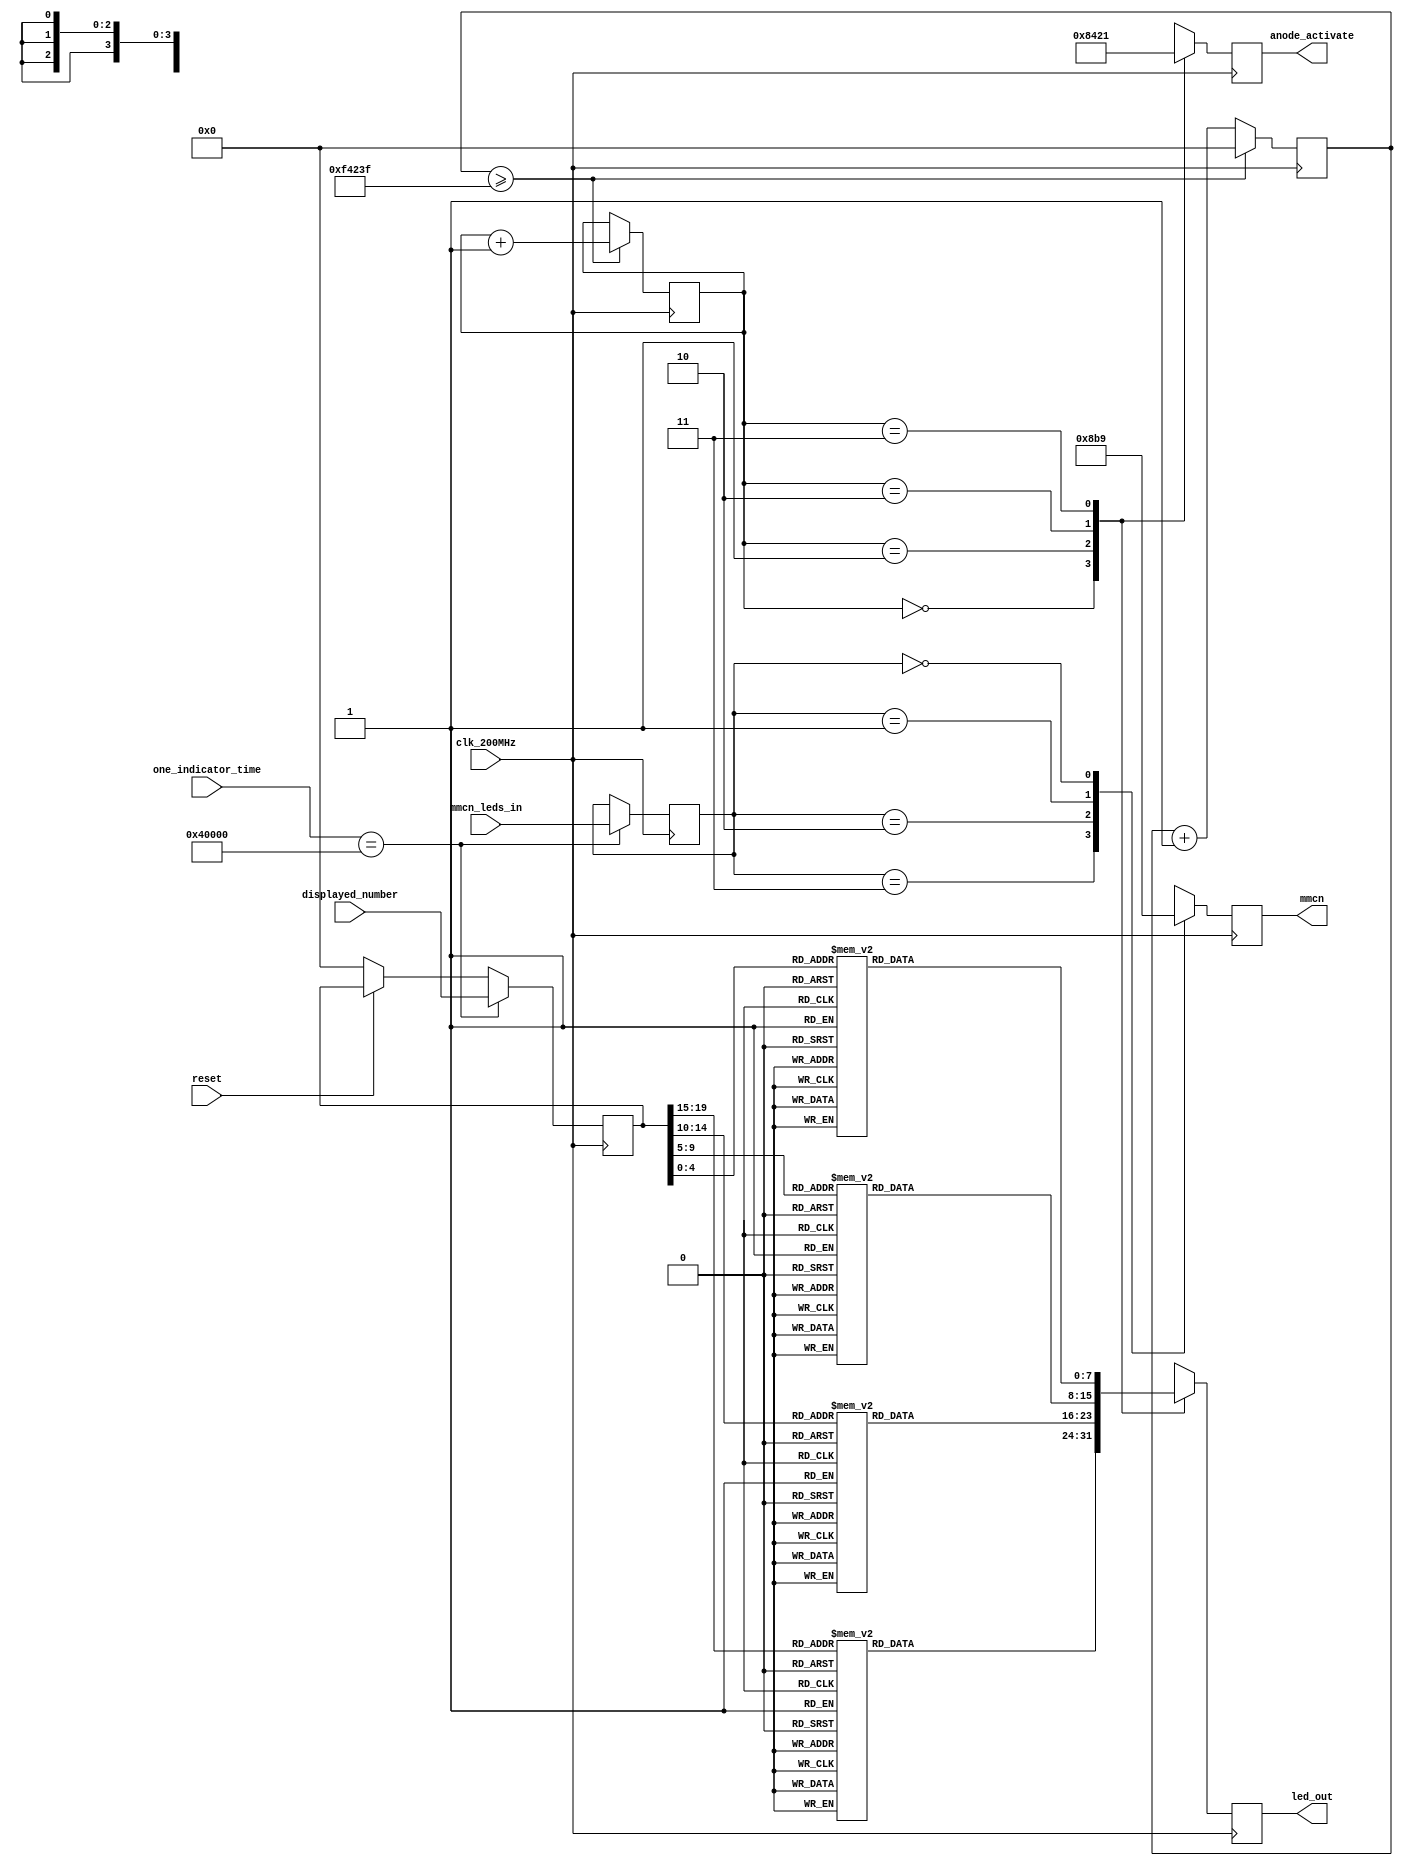

module indicator_controller 
( 	input 		clk_200MHz,
	input 		reset,
	input	[18:0] 	one_indicator_time,						// counter input
	input	[1:0] 	mmcn_leds_in,			// mil, micro & nano indicator's input data
	input [19:0] 	displayed_number,		// input data
	output reg [7:0]	led_out, 				// output of the seven-segment indicator
	output reg [3:0] anode_activate,			// anode output
	output reg [2:0] mmcn);				// mil, micro & nano output
	reg	[1:0] 	led_activating_counter;			
	reg 	[4:0] 	led_bsd;							
	reg	[19:0] 	clk_100Hz;						
	reg 	[19:0] 	displayed_number_var;			
	reg	[1:0] 	mmcn_leds_var;						

 always @(posedge clk_200MHz)
	begin
		if (reset == 0)	displayed_number_var = 0;
		if(one_indicator_time == 19'b1000000000000000000)		// Copy data to variable
			begin
			mmcn_leds_var = mmcn_leds_in;				
			displayed_number_var = displayed_number;
			end
	end 
  
 always @(posedge clk_200MHz)
	begin																		// Dynamic indicators change		
		if(clk_100Hz>=999999)
			begin 
			clk_100Hz = 0;
			led_activating_counter = led_activating_counter + 2'b01;
			end
		else clk_100Hz = clk_100Hz + 20'b0000000000000000001;
	end

always @(posedge clk_200MHz)
   begin
        case(led_activating_counter)										// indicator selection
		  2'b00: begin
			anode_activate = 4'b1000; 					
			led_bsd [4:0] = displayed_number_var[19:15];
		
			case(led_bsd)
			5'b00000: led_out = 8'b10000001; // "0"     
			5'b00001: led_out = 8'b11001111; // "1" 
      		5'b00010: led_out = 8'b10010010; // "2" 
       		5'b00011: led_out = 8'b10000110; // "3" 
      		5'b00100: led_out = 8'b11001100; // "4" 
			5'b00101: led_out = 8'b10100100; // "5" 
			5'b00110: led_out = 8'b10100000; // "6" 
			5'b00111: led_out = 8'b10001111; // "7" 
			5'b01000: led_out = 8'b10000000; // "8"     
			5'b01001: led_out = 8'b10000100; // "9" 
			5'b10000: led_out = 8'b00000001; // "0."     
			5'b10001: led_out = 8'b01001111; // "1." 
			5'b10010: led_out = 8'b00010010; // "2." 
			5'b10011: led_out = 8'b00000110; // "3." 
			5'b10100: led_out = 8'b01001100; // "4." 
			5'b10101: led_out = 8'b00100100; // "5." 
			5'b10110: led_out = 8'b00100000; // "6." 
			5'b10111: led_out = 8'b00001111; // "7." 
			5'b11000: led_out = 8'b00000000; // "8."     
			5'b11001: led_out = 8'b00000100; // "9." 
			default:  led_out = 8'b10000001; // "0"
        	endcase	
         end
			
        2'b01: begin
            anode_activate = 4'b0100; 
            led_bsd [4:0] = displayed_number_var[14:10];
			
            case(led_bsd)
			5'b00000: led_out = 8'b10000001; // "0"     
			5'b00001: led_out = 8'b11001111; // "1" 
      		5'b00010: led_out = 8'b10010010; // "2" 
       		5'b00011: led_out = 8'b10000110; // "3" 
      		5'b00100: led_out = 8'b11001100; // "4" 
			5'b00101: led_out = 8'b10100100; // "5" 
			5'b00110: led_out = 8'b10100000; // "6" 
			5'b00111: led_out = 8'b10001111; // "7" 
			5'b01000: led_out = 8'b10000000; // "8"     
			5'b01001: led_out = 8'b10000100; // "9" 
			5'b10000: led_out = 8'b00000001; // "0."     
			5'b10001: led_out = 8'b01001111; // "1." 
			5'b10010: led_out = 8'b00010010; // "2." 
			5'b10011: led_out = 8'b00000110; // "3." 
			5'b10100: led_out = 8'b01001100; // "4." 
			5'b10101: led_out = 8'b00100100; // "5." 
			5'b10110: led_out = 8'b00100000; // "6." 
			5'b10111: led_out = 8'b00001111; // "7." 
			5'b11000: led_out = 8'b00000000; // "8."     
			5'b11001: led_out = 8'b00000100; // "9." 
			default:  led_out = 8'b10000001; // "0"
        	endcase	
         end
			
        2'b10: begin
            anode_activate = 4'b0010; 
            led_bsd  [4:0] = displayed_number_var[9:5];
				
        	 case(led_bsd)
			5'b00000: led_out = 8'b10000001; // "0"     
			5'b00001: led_out = 8'b11001111; // "1" 
      		5'b00010: led_out = 8'b10010010; // "2" 
       		5'b00011: led_out = 8'b10000110; // "3" 
      		5'b00100: led_out = 8'b11001100; // "4" 
			5'b00101: led_out = 8'b10100100; // "5" 
			5'b00110: led_out = 8'b10100000; // "6" 
			5'b00111: led_out = 8'b10001111; // "7" 
			5'b01000: led_out = 8'b10000000; // "8"     
			5'b01001: led_out = 8'b10000100; // "9" 
			5'b10000: led_out = 8'b00000001; // "0."     
			5'b10001: led_out = 8'b01001111; // "1." 
			5'b10010: led_out = 8'b00010010; // "2." 
			5'b10011: led_out = 8'b00000110; // "3." 
			5'b10100: led_out = 8'b01001100; // "4." 
			5'b10101: led_out = 8'b00100100; // "5." 
			5'b10110: led_out = 8'b00100000; // "6." 
			5'b10111: led_out = 8'b00001111; // "7." 
			5'b11000: led_out = 8'b00000000; // "8."     
			5'b11001: led_out = 8'b00000100; // "9." 
			default:  led_out = 8'b10000001; // "0"
        	endcase	
         end
			
        2'b11: begin
            anode_activate = 4'b0001; 
            led_bsd [4:0] = displayed_number_var[4:0];
				
   		 case(led_bsd)
			5'b00000: led_out = 8'b10000001; // "0"     
			5'b00001: led_out = 8'b11001111; // "1" 
      		5'b00010: led_out = 8'b10010010; // "2" 
       		5'b00011: led_out = 8'b10000110; // "3" 
      		5'b00100: led_out = 8'b11001100; // "4" 
			5'b00101: led_out = 8'b10100100; // "5" 
			5'b00110: led_out = 8'b10100000; // "6" 
			5'b00111: led_out = 8'b10001111; // "7" 
			5'b01000: led_out = 8'b10000000; // "8"     
			5'b01001: led_out = 8'b10000100; // "9" 
			5'b10000: led_out = 8'b00000001; // "0."     
			5'b10001: led_out = 8'b01001111; // "1." 
			5'b10010: led_out = 8'b00010010; // "2." 
			5'b10011: led_out = 8'b00000110; // "3." 
			5'b10100: led_out = 8'b01001100; // "4." 
			5'b10101: led_out = 8'b00100100; // "5." 
			5'b10110: led_out = 8'b00100000; // "6." 
			5'b10111: led_out = 8'b00001111; // "7." 
			5'b11000: led_out = 8'b00000000; // "8."     
			5'b11001: led_out = 8'b00000100; // "9." 
			default:  led_out = 8'b10000001; // "0"
        	endcase	
         end	
	     default: begin
				anode_activate = 4'b0001; 
				led_bsd = displayed_number[4:0];
			   end
				
        endcase 
   end

always @(posedge clk_200MHz)		
	begin
	
		case (mmcn_leds_var)	
		2'b11:
		     	begin
				mmcn = 3'b100;
		     	end
		2'b10:
		    	 begin
				mmcn = 3'b010;
		     	 end
		2'b01:
			 begin
				mmcn = 3'b111;
		      end
		2'b00:
			begin
				mmcn = 3'b001;
		     	end
		default:
			begin
				mmcn = 3'b111;
		    	end	
		endcase
	end
endmodule